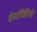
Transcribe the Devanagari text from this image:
शैलभित्तियों